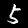
Digit: 5